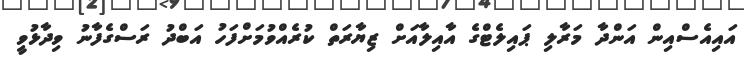
އައިއެސްއިން އަންދާ މަރާލި ޕައިލެޓްގެ އާއިލާއަށް ޒިޔާރަތް ކުރެއްވުމަށްފަހު އަބްދު ރަސްގެފާނު ވިދާޅުވީ